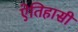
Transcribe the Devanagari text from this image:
ऐतिहासी